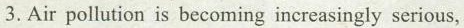
3.Air pollution is becoming increasingly serious,